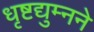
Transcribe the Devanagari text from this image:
धृष्टद्युम्नने